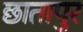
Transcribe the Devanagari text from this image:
छातापुर